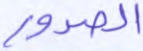
الصدور